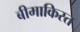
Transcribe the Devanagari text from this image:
बीमाकिस्त